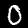
Digit: 0